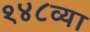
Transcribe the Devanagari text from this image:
१४८व्या